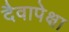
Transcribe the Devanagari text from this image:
दैवापेक्षा